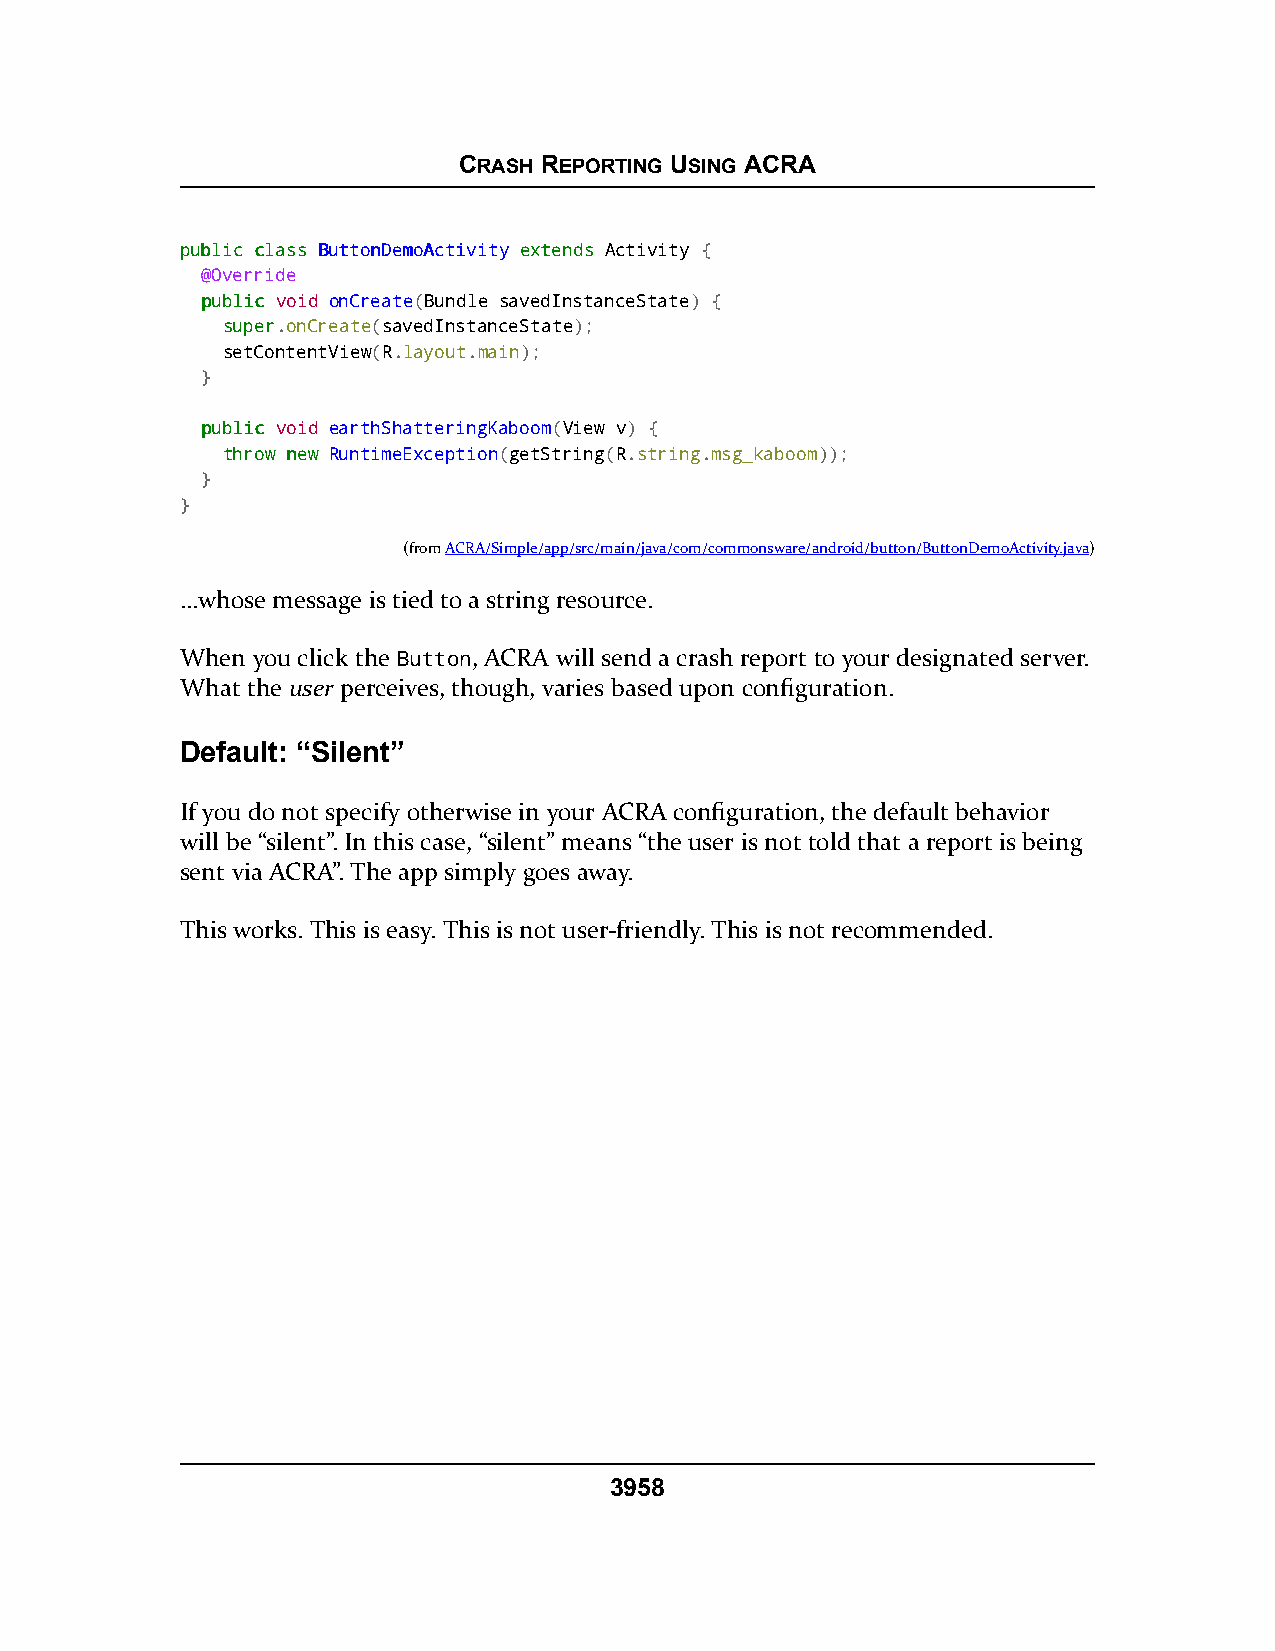
CRASH REPORTING USING ACRA
 ppuubblliicc ccllaassss BBuuttttoonnDDeemmooAAccttiivviittyy eexxtteennddss Activity {
 @Override
 ppuubblliicc void onCreate(Bundle savedInstanceState) {
 ssuuppeerr.onCreate(savedInstanceState);
 setContentView(R.layout.main);
 }
 ppuubblliicc void earthShatteringKaboom(View v) {
 tthhrrooww nneeww RuntimeException(getString(R.string.msg_kaboom));
 }
 }
 (fromACRA/Simple/app/src/main/java/com/commonsware/android/button/ButtonDemoActivity.java)
 …whose message is tied to a string resource.
 When you click the Button, ACRA will send a crash report to your designated server.
 What the user perceives, though, varies based upon configuration.
 Default: “Silent”
 If you do not specify otherwise in your ACRA configuration, the default behavior
 will be “silent”. In this case, “silent” means “the user is not told that a report is being
 sent via ACRA”. The app simply goes away.
 This works. This is easy. This is not user-friendly. This is not recommended.
 3958